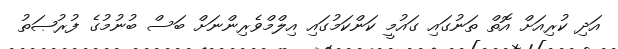
އަދި ކުރިއަށް އޮތް ތަނުގައި ގައުމީ ކަންކަމުގައި އިލްމްވެރިންނަށް ބަސް ބުނުމުގެ ފުރުޞަތު